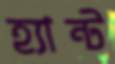
হ্যান্ট